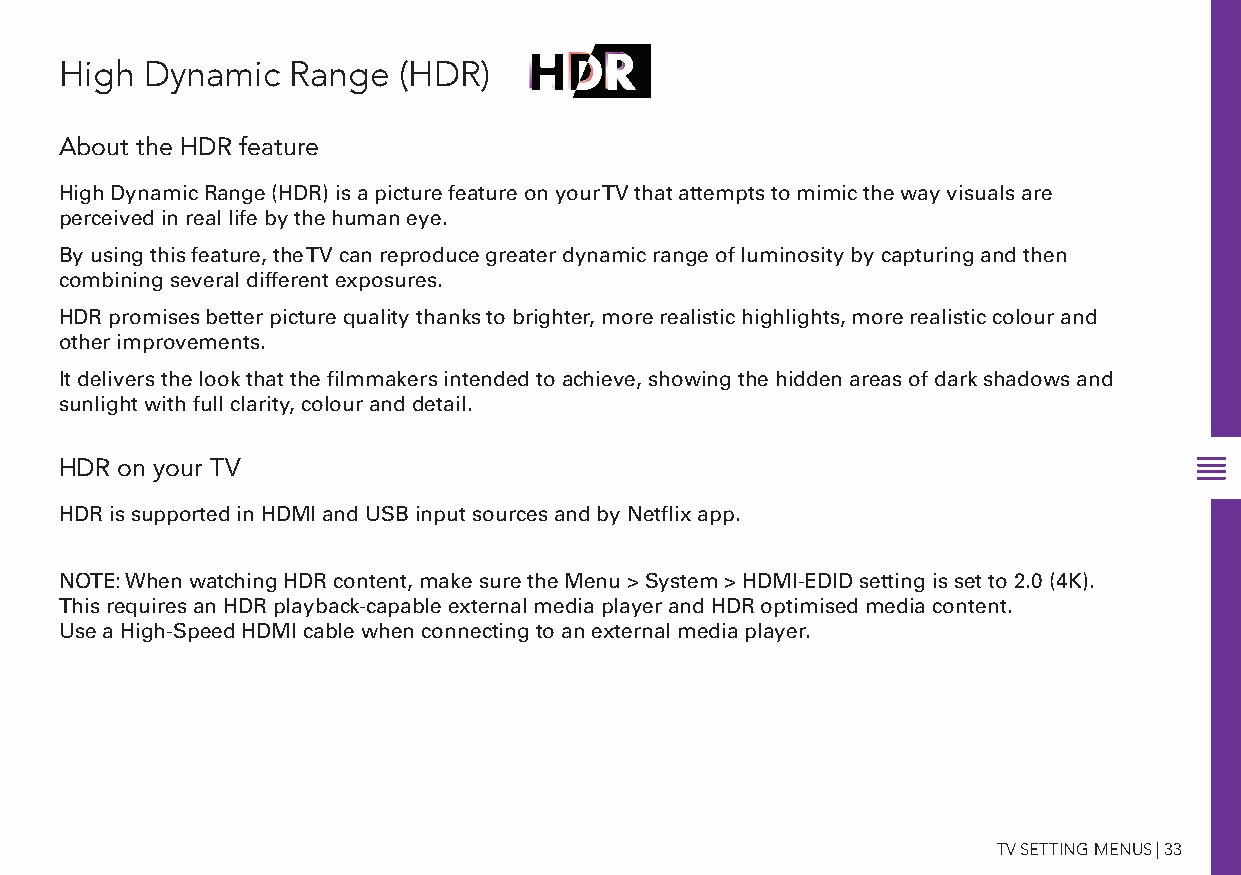
High  Dynamic  Range  (HDR)
 About the HDR feature
 High Dynamic Range (HDR) is a picture feature on your TV that attempts to mimic the way visuals are
 perceived in real life by the human eye.
 By using this feature, the TV can reproduce greater dynamic range of luminosity by capturing and then
 combining several different exposures.
 HDR promises better picture quality thanks to brighter, more realistic highlights, more realistic colour and
 other improvements.
 It delivers the look that the filmmakers intended to achieve, showing the hidden areas of dark shadows and
 sunlight with full clarity, colour and detail.
 HDR on your TV
 HDR is supported in HDMI and USB input sources and by Netflix app.
 NOTE: When watching HDR content, make sure the Menu > System > HDMI-EDID setting is set to 2.0 (4K).
 This requires an HDR playback-capable external media player and HDR optimised media content.
 Use a High-Speed HDMI cable when connecting to an external media player.
 TV SETTING MENUS | 33